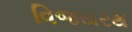
વિજયરથ